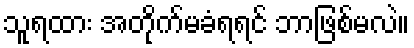
သူရထား အတိုက်မခံရရင် ဘာဖြစ်မလဲ။